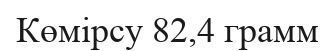
Көмірсу 82,4 грамм